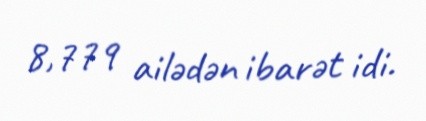
8,779 ailədən ibarət idi.